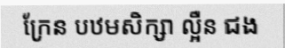
ក្រែន បឋមសិក្សា ល្អឺន ជង